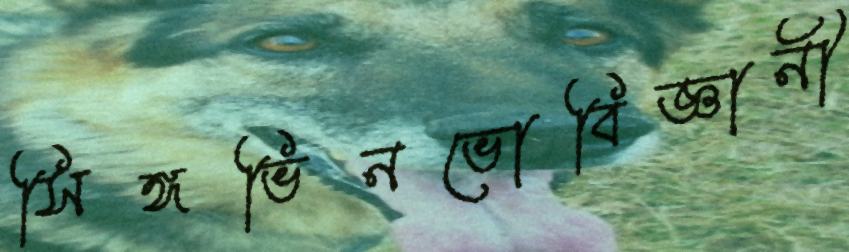
সিঙ্গভিনভোবিজ্ঞানী